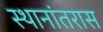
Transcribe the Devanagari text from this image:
स्थानांतरास